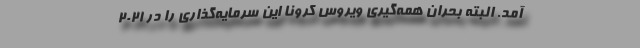
آمد. البته بحران همه‌گیری ویروس کرونا این سرمایه‌گذاری را در 2021